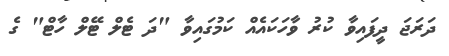
ދަރަޖަ ދީފައިވާ ކުރު ވާހަކައެއް ކަމުގައިވާ "ދަ ޓެލް ޓޭލް ހާޓް" ގެ